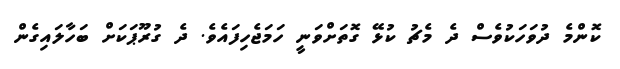
ކޮންމެ ދުވަހަކުވެސް ދެ މެޗު ކުޅޭ ގޮތަށްވަނީ ހަމަޖެހިފައެވެ. ދެ ގުރޫޕަކަށް ބަހާލައިގެން